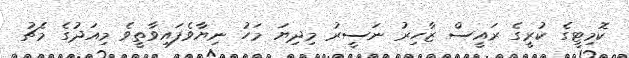
ކޮމިޓީގެ ކުރީގެ ރައީސް ޒާހިރު ނަސީރު މިދިޔަ މަހު ނިޔާވެފައިވާތީވެ މިއަދުގެ މެޗު